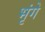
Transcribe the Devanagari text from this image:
भृंगे